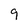
Character: 9